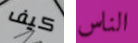
كيف الناس